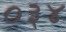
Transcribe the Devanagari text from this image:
०३४